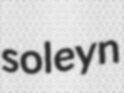
soleyn